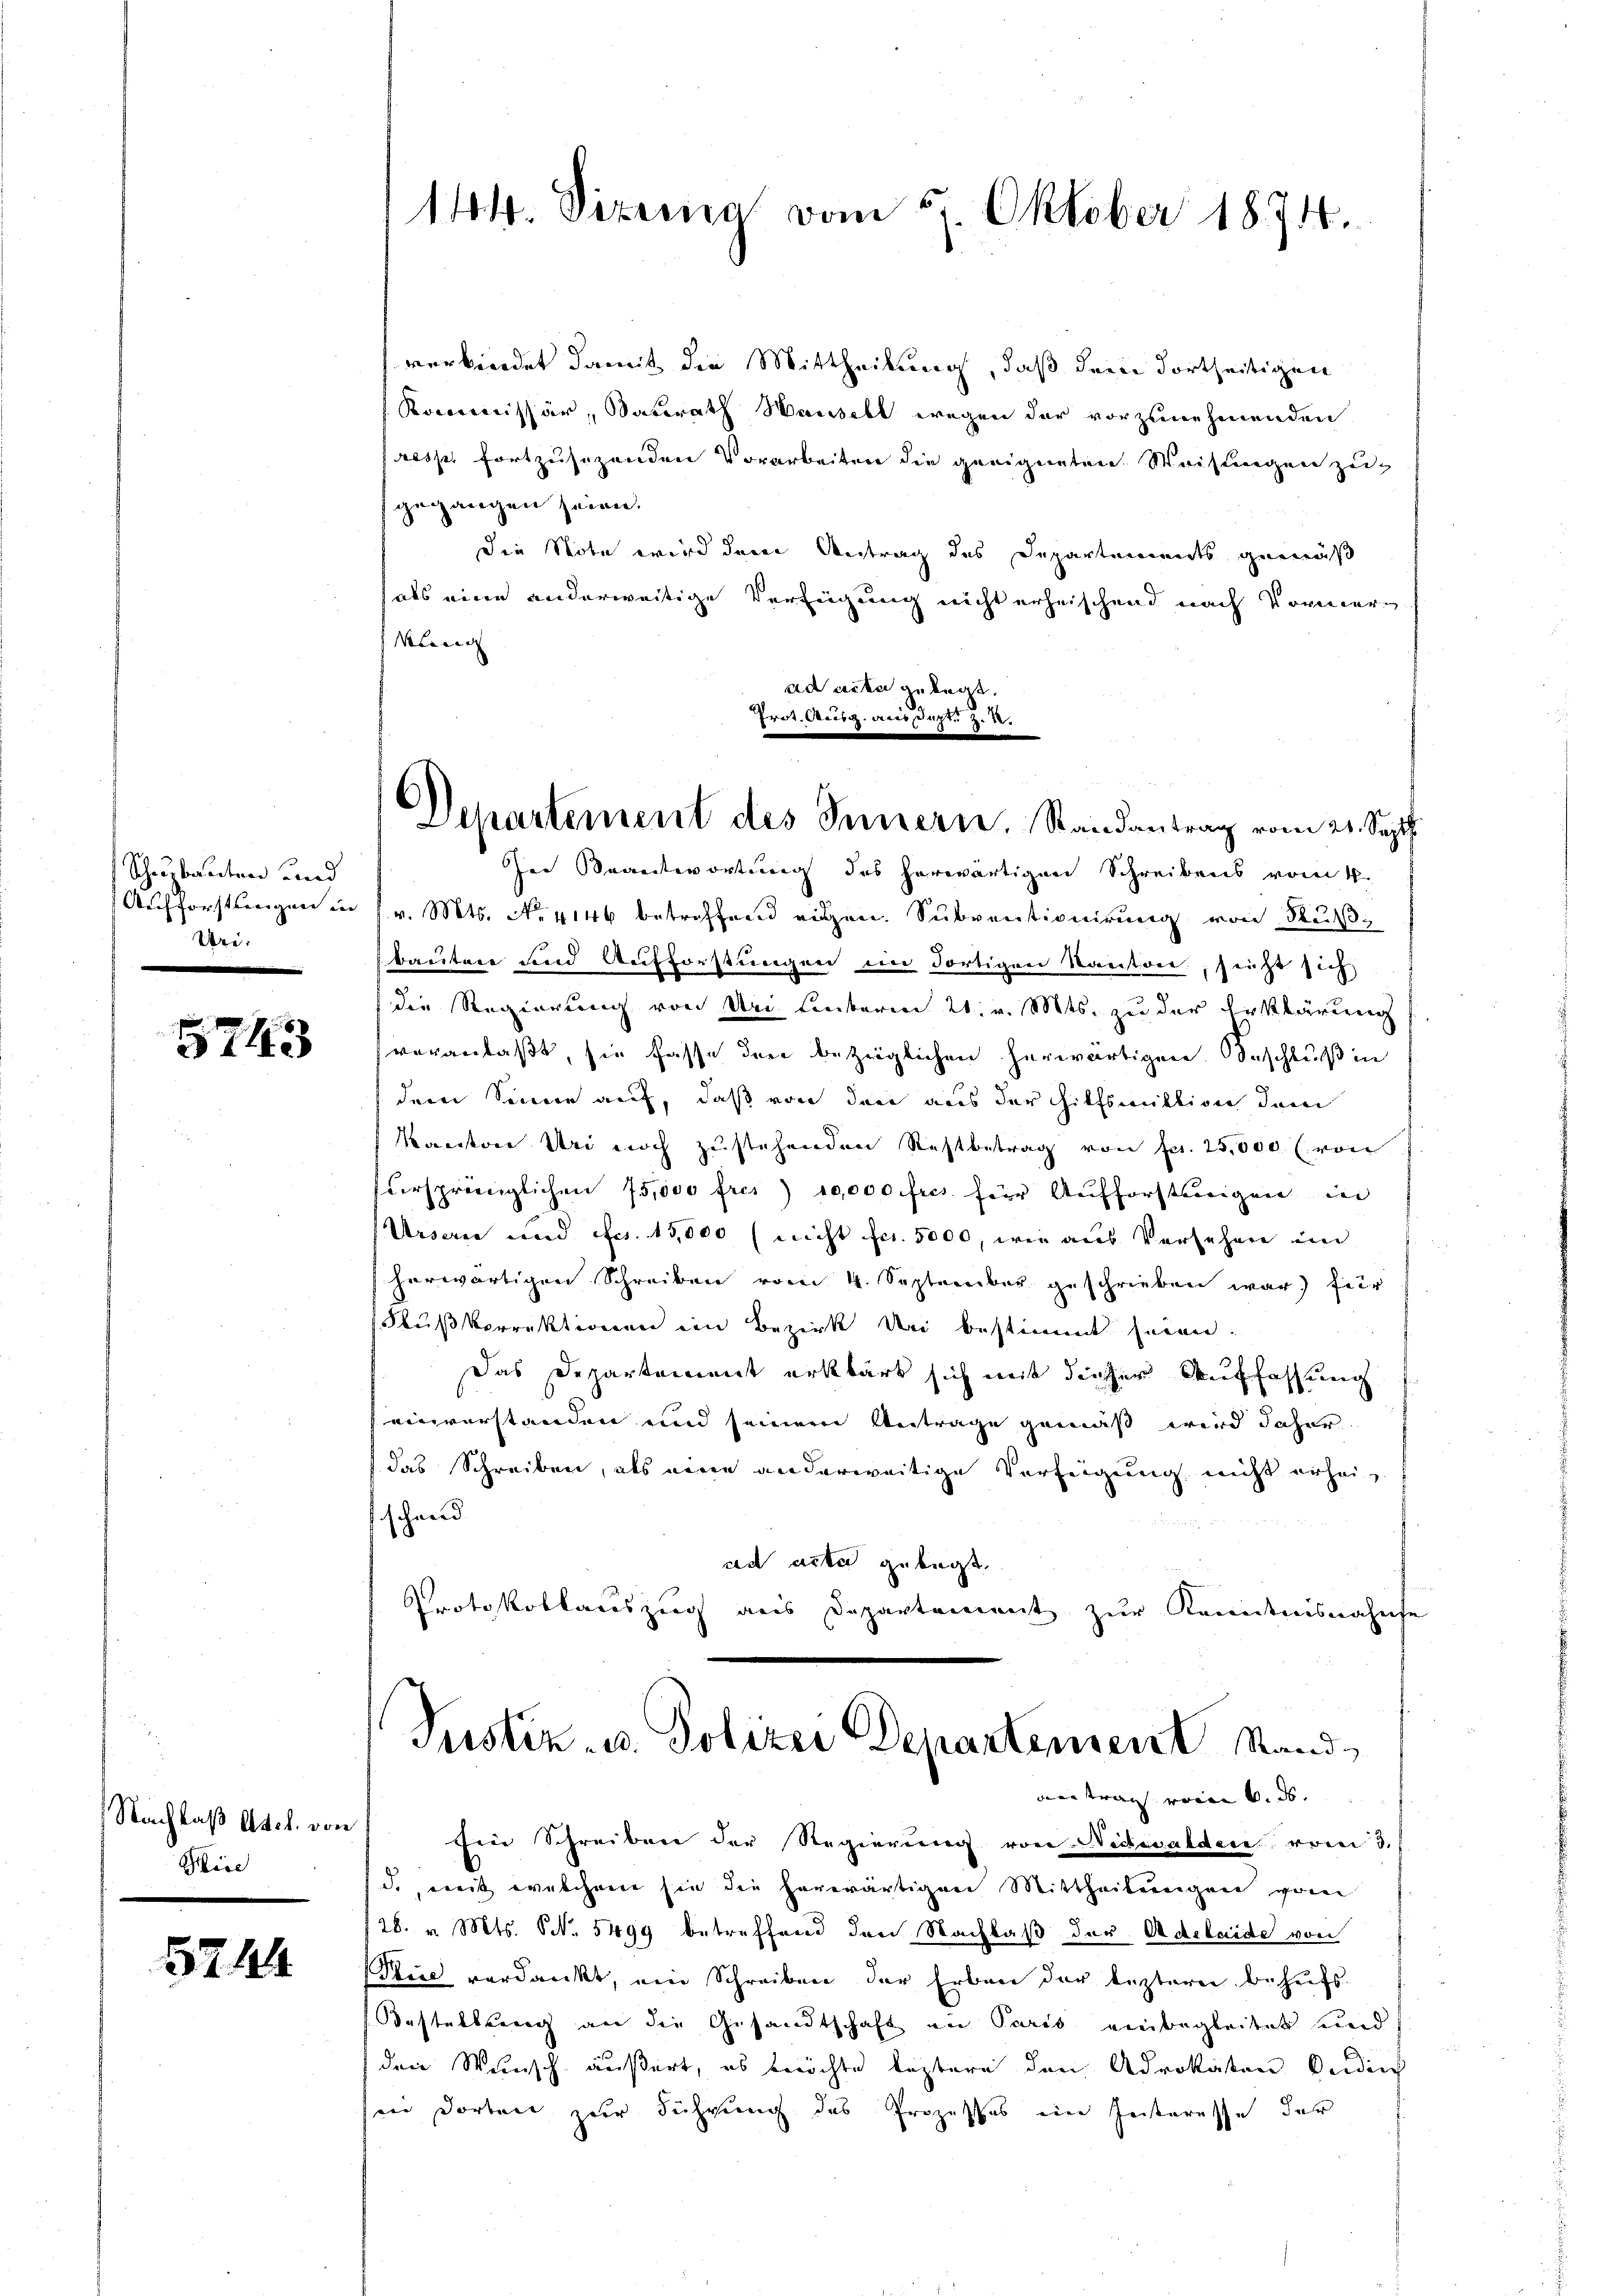
Scheuzbauten und
Aufforstungen in
Uri.

5743

Nachlaß Adel. von
Wice

5744

144. Vizemica vom 27. Oktober 1874.

verbindet damit die Mittheilung, daß dem dortheiligen
Kommissär, Satrath Hausell wegen der vorzunehmenden
resp. fortzusezenden Vorarbeiten die geeigneten Weistungen zugegangen seien.
Die Note wird den Antrag des Departements gemäß
hals eine anderweitige Verfügung nicht erheischend nach Vormer¬
Klinie |
ad den gelegt.
Prok. Reise ansacte zu.

Departement des Innern, Randantrag vom 21. Sept.

In Beantwortung des herwärtigen Schreibens vom 4.
v. Mts. No. 4146 betreffend eigen. Subventionirung von Flußbautene und Aufforstungen im dortigen Kanton, seiht sich
die Regierung von An unterm 21. v. Mts. zu der Erklärung
veranlaßt, sie fasse den bezeiglichen herwärtigen. Beschluß in
dem Sinne auf, daß von den aus der Hilfsmittion dem
Kantone Uri noch zustehenden Restbetrag von fr. 25,000 l. von
versprünglichen 75,000 frei) 10,000 frcs. für Aufforstungen in
Urserne und fcr. 15,000 (nicht fr. 5000, wie aus Versehen in
herwärtigen Schreiben vom 4. September geschrieben war für
Flußkorrektionen im Bezirk de bestimmt seien.
Das Departement erklärt sich mit dieser Auffassung
einverstanden und seinem Antrage gemäß wird daher
das Schreiben, als neue anderweitige Verfügung nicht erhei
schwerd
ad acta gelegt
Protokollauszug aus Departement zur Kenntnisnahese
Justiz- u. Polizei Departement Standantrag vom 6. ds.
fine Schreiben der Regierung von Nidwalden vom 3.
d., weit welchem sie die herwärtigen Mittheilungen von
128. v. Mts. NNo. 5499 betreffend den Nachlaß der Adelaide von
Kiel verdankt, ein Schreiben der Erben der leztern behufs
Bestellung an die Gesandtschaft in Paris einbegleitet und
den Wunsch äußert, es möchte leztere den Advokaten Ordin
sin dorteil zur Führung des Prozesses ein Geisteresse der